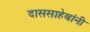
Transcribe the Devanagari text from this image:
दाससाहेबांनी